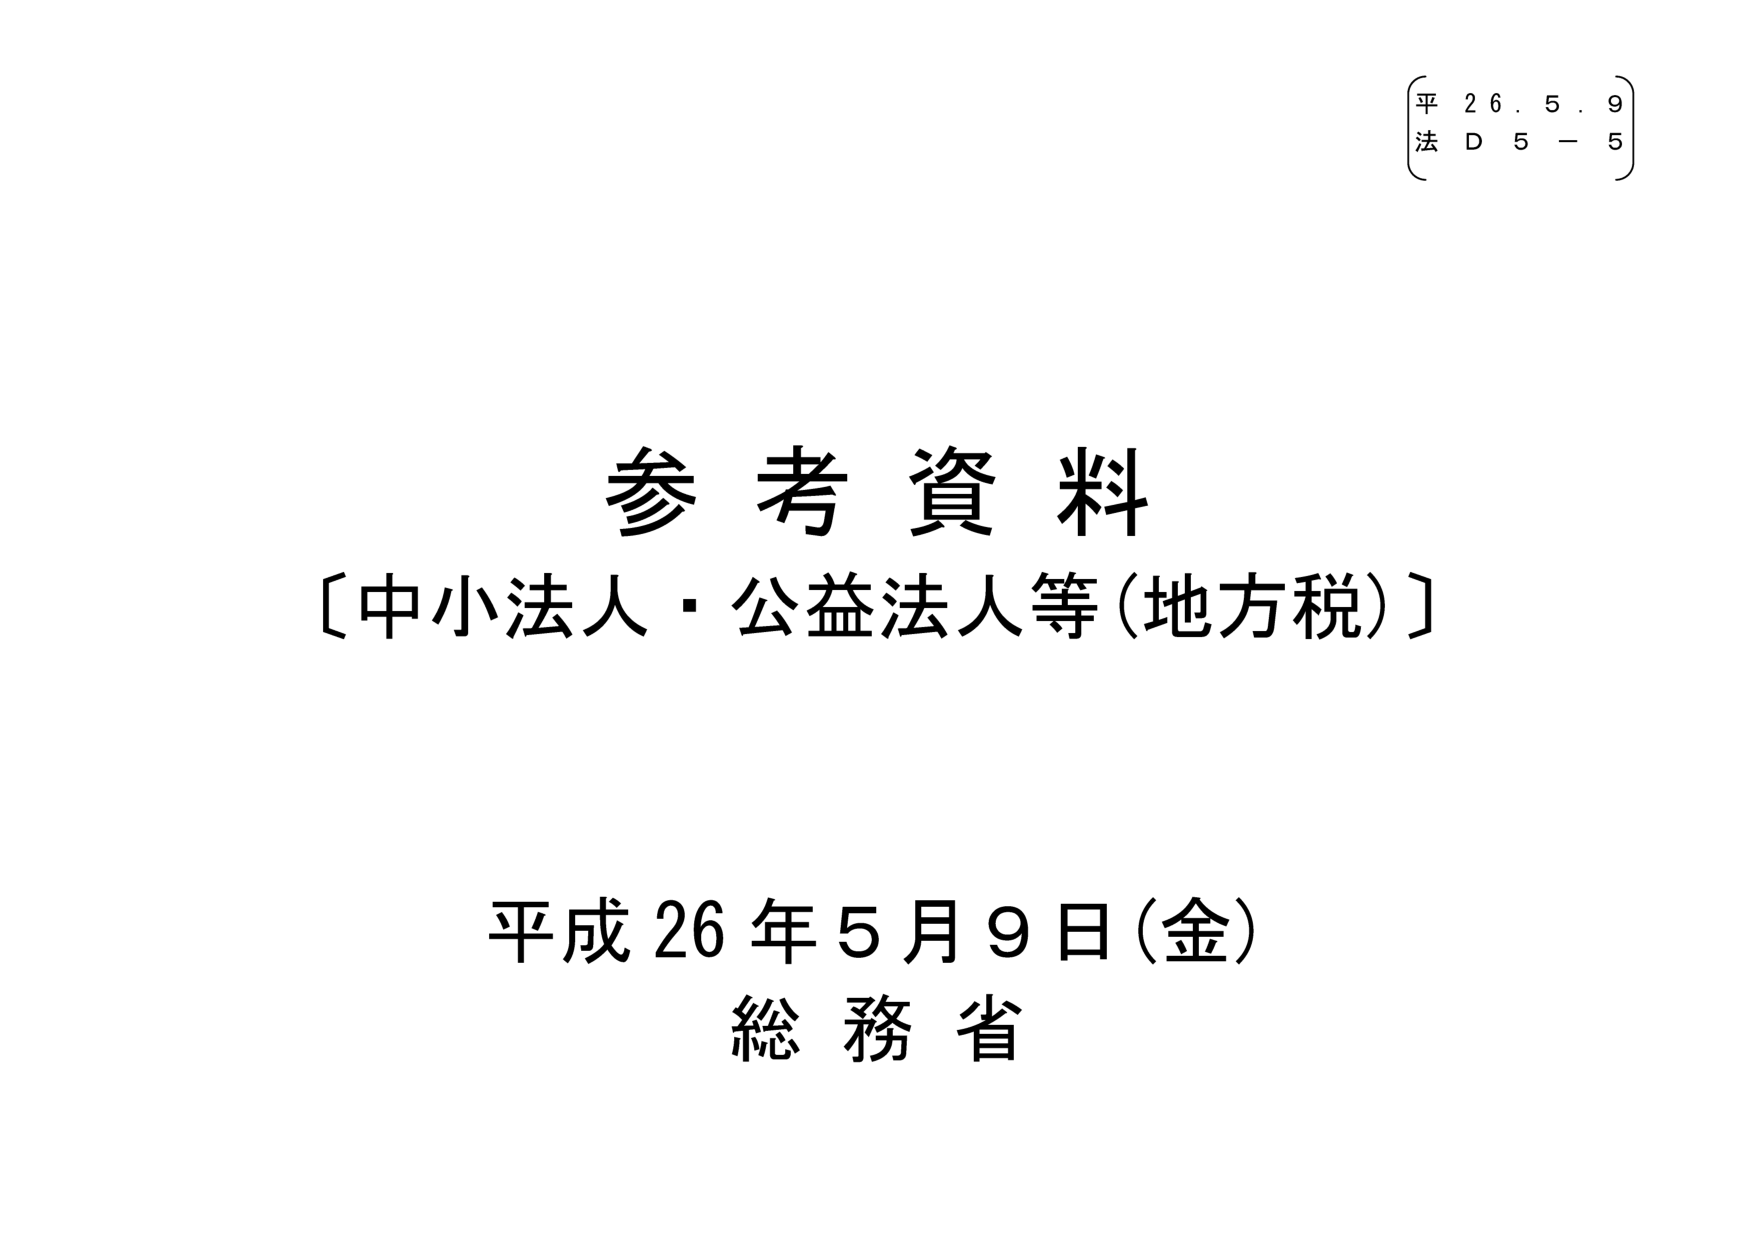
平 26.5.9
法 D 5 - 5

参考資料
〔中小法人・公益法人等（地方税）〕

平成26年5月9日（金）
総務省